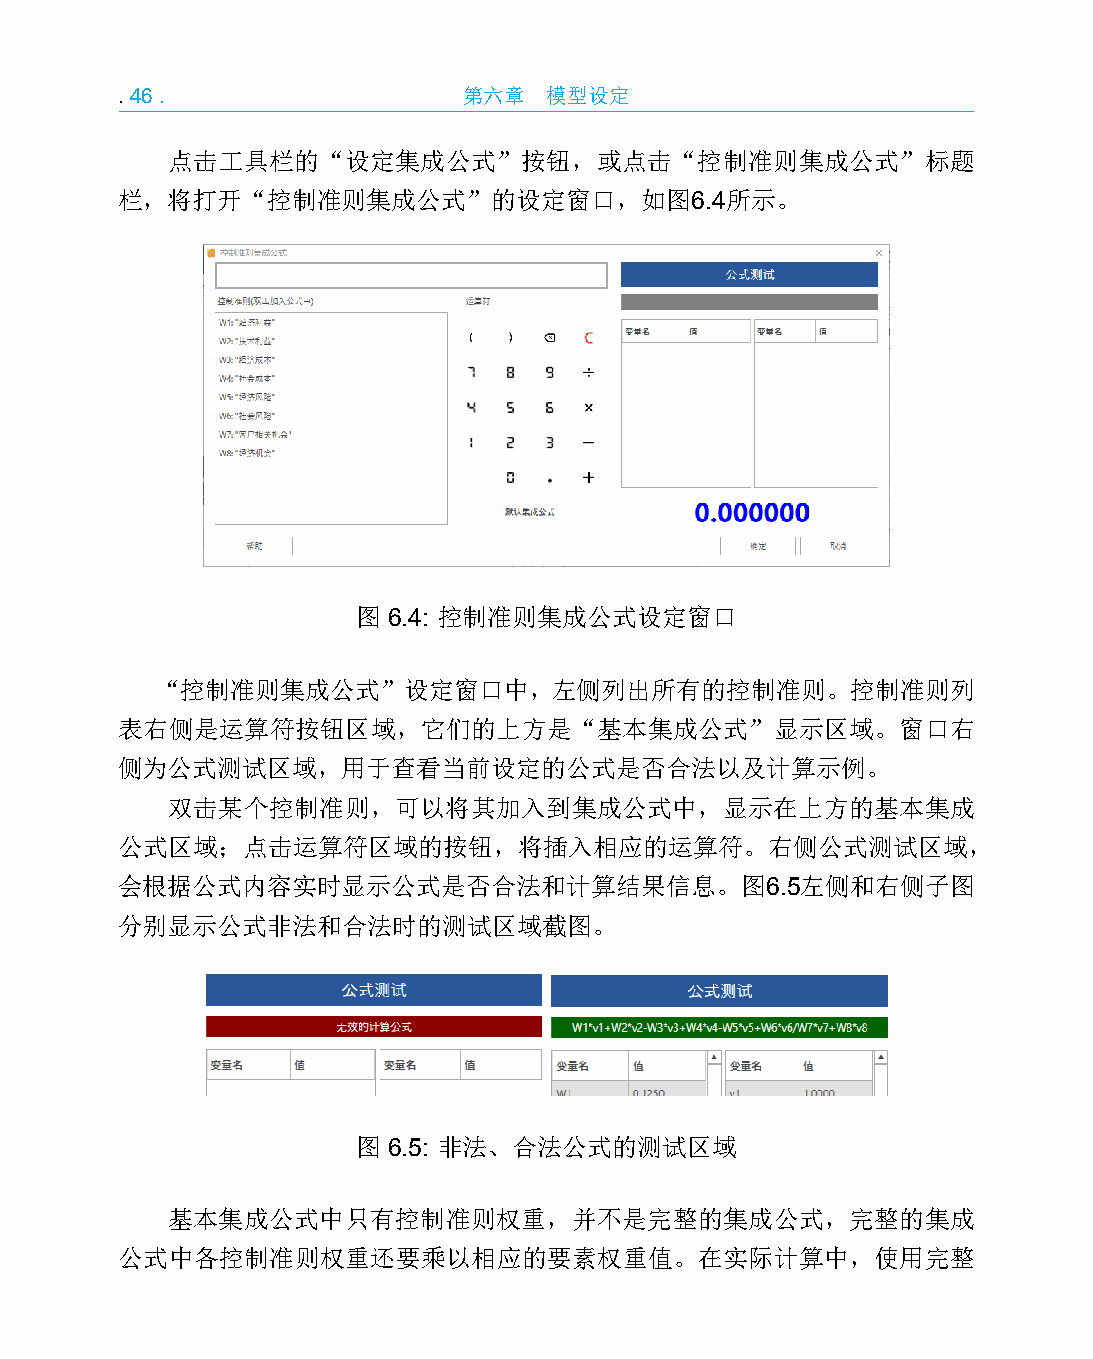
.46.                   第六章  模型设定
 点击工具栏的“设定集成公式”按钮，或点击“控制准则集成公式”标题
 栏，将打开“控制准则集成公式”的设定窗口，如图6.4所示。
 图 6.4: 控制准则集成公式设定窗口
 “控制准则集成公式”设定窗口中，左侧列出所有的控制准则。控制准则列
 表右侧是运算符按钮区域，它们的上方是“基本集成公式”显示区域。窗口右
 侧为公式测试区域，用于查看当前设定的公式是否合法以及计算示例。
 双击某个控制准则，可以将其加入到集成公式中，显示在上方的基本集成
 公式区域；点击运算符区域的按钮，将插入相应的运算符。右侧公式测试区域，
 会根据公式内容实时显示公式是否合法和计算结果信息。图6.5左侧和右侧子图
 分别显示公式非法和合法时的测试区域截图。
 图 6.5: 非法、合法公式的测试区域
 基本集成公式中只有控制准则权重，并不是完整的集成公式，完整的集成
 公式中各控制准则权重还要乘以相应的要素权重值。在实际计算中，使用完整